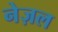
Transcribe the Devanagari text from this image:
नेज़ल